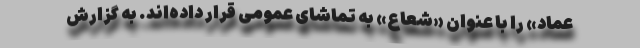
عماد» را با عنوان «شعاع» به تماشای عمومی قرار داده‌اند. به گزارش